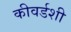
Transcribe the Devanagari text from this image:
कीवर्डशी